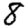
Digit: 8